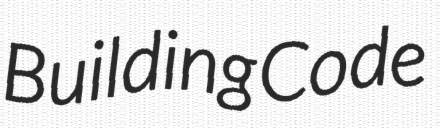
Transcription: Building Code